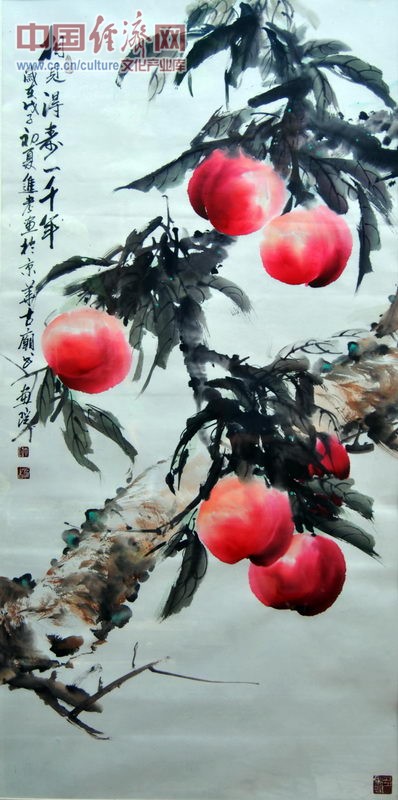
巨屦小屦同贾，人岂为之哉。